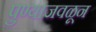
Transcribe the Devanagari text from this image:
पुण्याजवळून